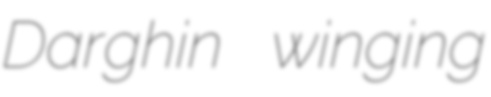
Darghin winging